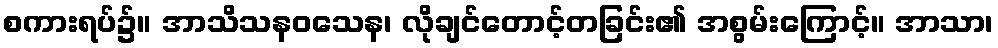
စကားရပ်၌။ အာသိသနဝသေန၊ လိုချင်တောင့်တခြင်း၏ အစွမ်းကြောင့်။ အာသာ၊